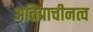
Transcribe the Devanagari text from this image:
अतिप्राचीनत्व